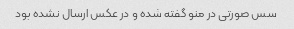
سس صورتی در منو گفته شده و در عکس ارسال نشده بود